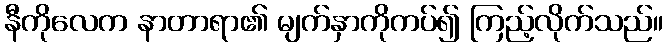
နီကိုလေက နာတာရာ၏ မျက်နှာကိုကပ်၍ ကြည့်လိုက်သည်။